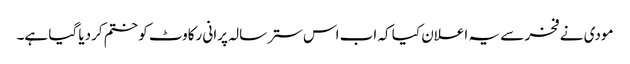
مودی نے فخر سے یہ اعلان کیا کہ اب اس ستر سالہ پرانی رکاوٹ کو ختم کردیا گیا ہے۔